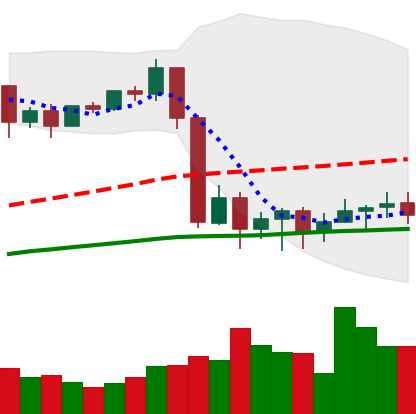
Ticker: BTC-USD
Chart end date: 2020-09-13
Forward return: 6.014%
Label: up_5_7